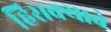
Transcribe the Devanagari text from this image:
हिसक्याचे